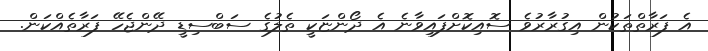
އެ ފަރާތްތަކުން އިގުރާރުވެ ސޮއިކޮށްފައިވާނެ އެ ދޯންޏަކީ ތެލުގެ ސަބްސިޑީ ދޭންޖެހޭ ފަރާތެއްކަން.